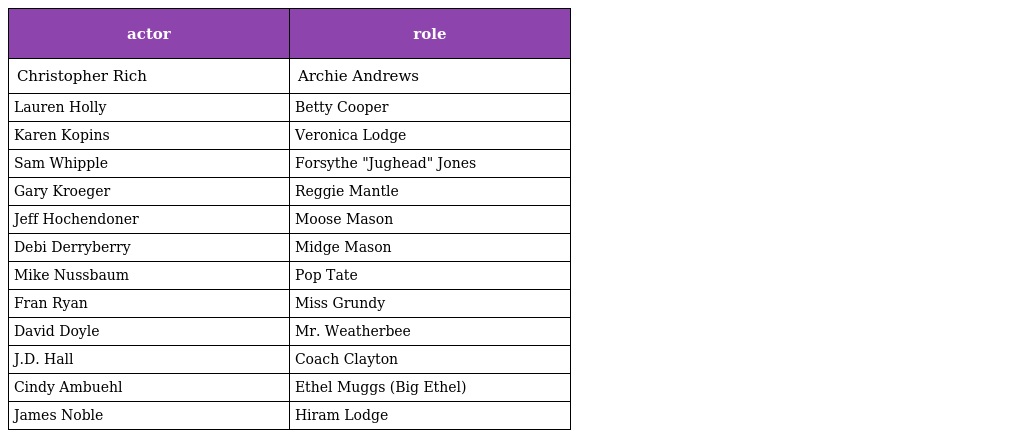
| actor | role |
 | --- | --- |
 | Christopher Rich | Archie Andrews |
 | Lauren Holly | Betty Cooper |
 | Karen Kopins | Veronica Lodge |
 | Sam Whipple | Forsythe "Jughead" Jones |
 | Gary Kroeger | Reggie Mantle |
 | Jeff Hochendoner | Moose Mason |
 | Debi Derryberry | Midge Mason |
 | Mike Nussbaum | Pop Tate |
 | Fran Ryan | Miss Grundy |
 | David Doyle | Mr. Weatherbee |
 | J.D. Hall | Coach Clayton |
 | Cindy Ambuehl | Ethel Muggs (Big Ethel) |
 | James Noble | Hiram Lodge |